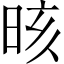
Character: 晐